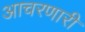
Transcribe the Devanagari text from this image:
आचरणारी